Annual administration report of the Civil Veterinary Department of India - 1896-1897
Year: 1896
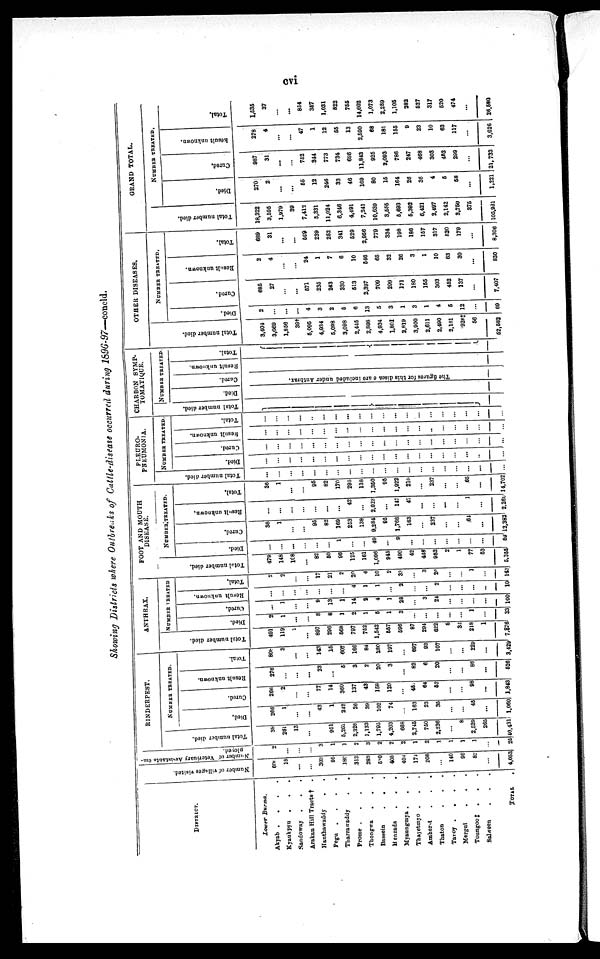
cvi
Showing Districts where Outbreaks of Cattle-disease occurred during 1896-97—concld.
DISTRICT.
Lower
Burma.
Akyab .
.
.
.
Kyaukpyu
.
.
.
Sandoway . . .
Arakan Hill Tracts † .
Hanthawaddy
. .
Pegu
.
.
.
.
Tharrawaddy
.
.
Prome . . .
Thongwa
. . .
Bassein
. . .
Henzada
.
.
.
Myaungmya . . .
Thayetmyo . . .
Amherst
.
.
.
Thaton . . .
Tavoy .
.
.
.
Mergut
.
.
.
Toungoo ‡ . . .
Salween . . .
TOTAL .
Number of villages visited.
600
18
...
...
303
95
180
313
283
549
405
404
179
208
...
140
96
82
...
4,053
Number of Veterinary Assistants em-
ployed.
2
...
...
...
3
1
1
2
3
2
2
2
1
2
1
1
1
1
...
26
RINDERPEST.
Total number died.
38
261
13
...
951
5,262
2,328
1,133
1,795
4,203
668
2,745
750
2,236
...
8
2,529
265
40,431
NUMBER TREATED.
Died.
266
1
...
...
43
1
242
26
39
102
74
...
163
23
35
...
...
45
...
1,069
Cured.
266
2
...
...
77
14
360
137
43
158
120
...
451
64
52
...
...
98
...
1,843
Result unknown.
276
...
...
...
23
...
5
3
2
20
3
...
82
6
20
...
...
86
...
526
Total.
808
3
...
...
143
15
607
166
84
280
197
...
697
93
107
...
...
229
...
3,429
ANTHRAX.
Total number died.
491
119
...
...
897
296
568
797
752
1,542
557
596
87
294
622
5
32
218
1
7,876
NUMBER TREATED
Died.
2
1
...
...
8
8
1
2
1
5
1
3
...
...
...
...
...
1
...
33
Cured.
...
1
...
...
9
18
1
14
8
4
1
28
...
3
24
...
...
...
...
100
Result unknown.
...
...
...
...
...
...
...
4
1
1
...
2
...
...
2
...
...
...
...
10
Total.
2
2
...
...
17
21
2
20
4
10
2
33
...
3
26
...
...
1
...
143
FOOT AND MOUTH
DISEASE.
Total number died.
479
148
108
...
82
50
96
125
161
1,096
945
490
42
448
952
2
1
77
53
5,355
NUMBER
TREATED.
Died.
...
...
...
...
...
...
1
...
...
49
...
9
...
...
...
...
...
...
...
59
Cured.
36
1
...
...
95
82
169
253
138
9,284
95
1,766
163
...
237
...
...
61
...
12,383
Result unknown.
...
...
...
...
...
...
...
42
...
2,023
...
147
47
...
...
...
...
1
...
2.260
Total.
36
1
...
...
95
82
170
295
138
1,350
95
1,922
210
...
237
...
...
65
...
14,702
PLEURO-
PNEUMONIA.
Total number died.
...
...
...
...
...
...
...
...
...
...
...
...
...
...
...
...
...
...
...
...
NUMBER TREATED.
Died.
...
...
...
...
...
...
...
...
...
...
...
...
...
...
...
...
...
...
...
...
Cured.
...
...
...
...
...
...
...
...
...
...
...
...
...
...
...
...
...
...
...
...
Result unknown.
...
...
...
...
...
...
...
...
...
...
...
...
...
...
..
...
...
...
...
...
Total.
...
...
...
...
...
...
...
...
...
...
...
...
...
...
...
...
...
...
...
CHARBON SYMP-
TOMATIQUE.
Total number died.
NUMBER TREATED
Died.
Cured.
Result unknown.
Total.
The figures for this disease
are included under Anthrax.
OTHER DISEASES.
Total number died.
3,404
3,089
1,856
391
5,095
4,034
5,098
3,098
2,445
2,808
4,934
1,801
2,819
3,900
2,611
2,490
2,101
928‡
56
52,582
NUMBER TREATED.
Died.
Cured.
2
...
...
...
4
3
2
5
6
13
5
3
1
3
1
4
5
12
...
69
685
27
...
...
571
235
243
330
513
2,397
709
299
171
180
155
303
452
137
...
7,407
Result
unknown.
2
4
...
...
24
1
7
6
10
546
65
32
26
3
1
10
63
30
...
830
Total.
689
31
...
...
599
239
252
341
529
2,956
779
334
198
188
157
317
520
179
...
8,306
GRAND TOTAL.
Total number died.
18,322
3,595
1,979
39
7,412
5,331
11,024
6,346
4,491
7,241
10,639
3,555
5,693
5,392
6,421
2,497
2,142
3,750
375
105,981
NUMBER TREATED
Died.
270
2
...
...
55
12
246
33
46
169
80
15
164
26
35
4
5
58
...
1,221
Cured.
987
31
...
...
752
344
773
734
696
11,843
925
2,093
786
247
468
303
452
299
...
21,733
Result unknown.
278
4
...
...
47
1
12
55
13
2,590
68
181
155
9
23
10
63
117
...
3,626
Total.
1,535
37
...
...
854
357
1,031
822
755
14,602
1,073
2,289
1,105
282
527
317
520
474
...
26,580